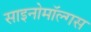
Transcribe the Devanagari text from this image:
साइनोमॉल्गस